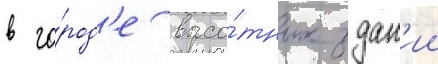
в го́род'е высо́тных здан'ии